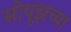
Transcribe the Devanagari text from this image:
सोयूझच्या